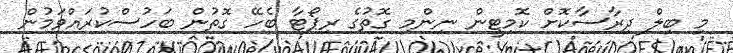
މި ބިލް ދިރާސާކޮށް ކޮމިޓީން ނިންމި ގޮތުގެ ރިޕޯޓާ ބެހޭ ގޮތުން ބަހުސްކުރައްވަމުން